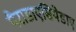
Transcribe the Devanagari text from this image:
पैराडाएसियेडाए